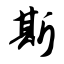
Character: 斯